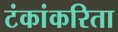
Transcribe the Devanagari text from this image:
टंकांकरिता